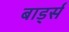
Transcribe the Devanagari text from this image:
बार्ड्स